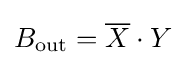
B_{\text{out}}={\overline {X}}\cdot Y